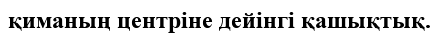
қиманың центріне дейінгі қашықтық.